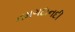
નમગદાનદી